Vaccination North-Western Provinces and Oudh 1896-1901 - 1896-1901
Year: 1896
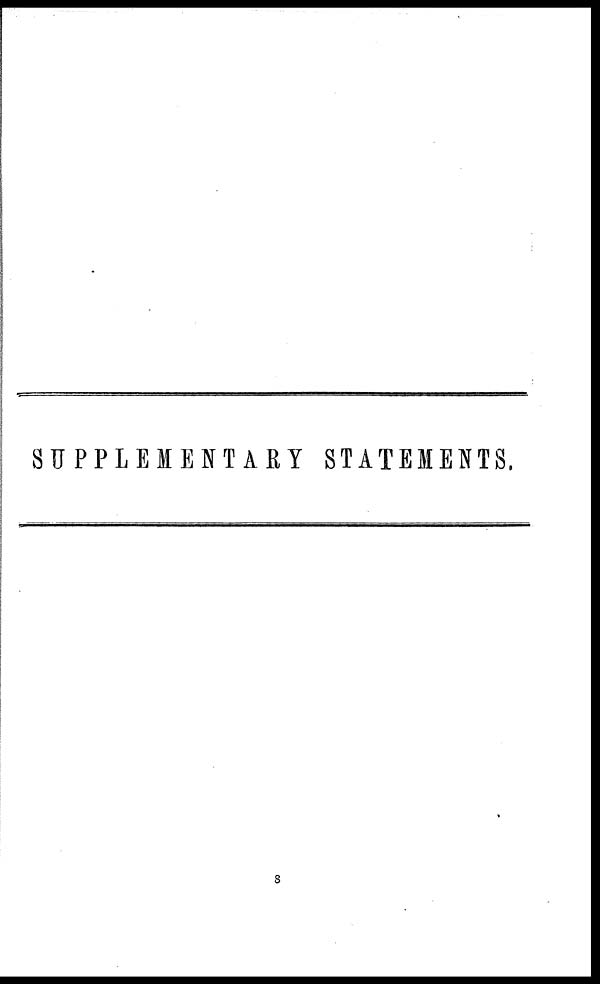
SUPPLEMENTARY STATEMENTS.
8